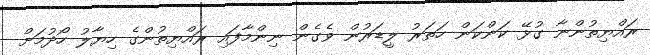
ރައްޔިތުންނާ ގުޅޭ ކަންކަން ހަތަރު ލީޑަރުން ވެގެން ނިންމާފައި ރައްޔިތުންގެ ހިޔާލު ހޯދުމަށް